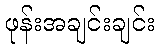
ဖုန်းအချင်းချင်း